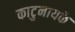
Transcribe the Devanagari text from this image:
काटुनायके